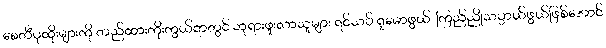
စေတီပုထိုးများကို တည်ထားကိုးကွယ်ရာတွင် ဘုရားဖူးလာသူများ ရင်သပ် ရှုမောဖွယ်၊ ကြည်ညိုသပ္ပာယ်ဖွယ်ဖြစ်အောင်